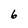
Character: 6